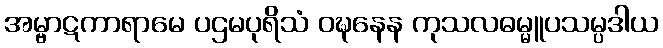
အမ္ဗာဋကာရာမေ ပဌမပုရိသံ ဝဍ္ဎနေန ကုသလဓမ္မူပသမ္ပဒါယ